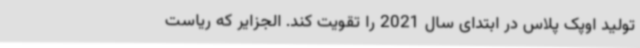
تولید اوپک پلاس در ابتدای سال 2021 را تقویت کند. الجزایر که ریاست